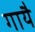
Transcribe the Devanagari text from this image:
गायै